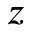
z